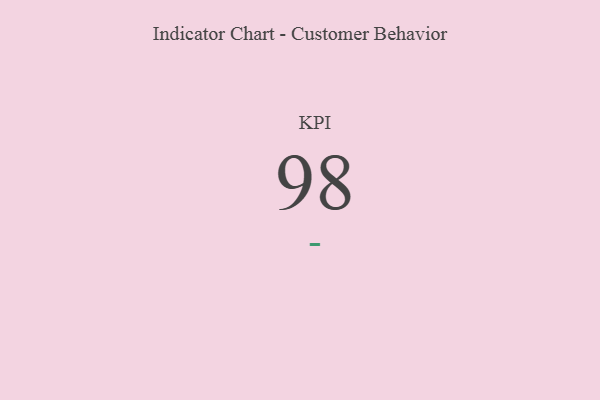
{"axis": {"x": "KPI", "y": "Value"}, "legend": [""], "data": [{"x": "KPI", "y": 98, "type": ""}]}